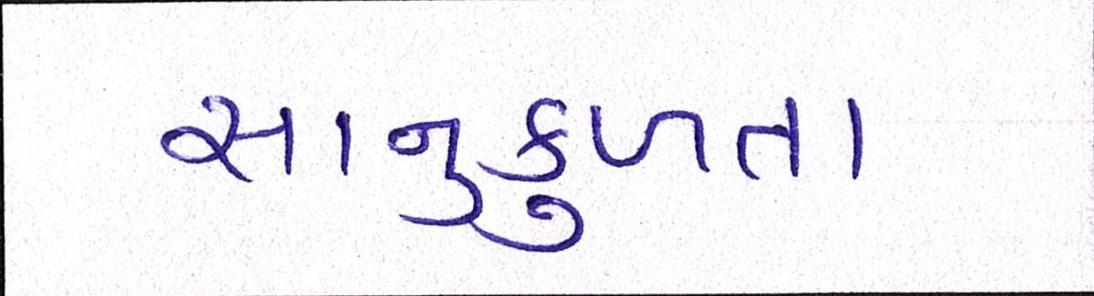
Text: સાનુકુળતા